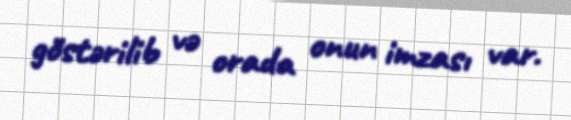
göstərilib və orada onun imzası var.